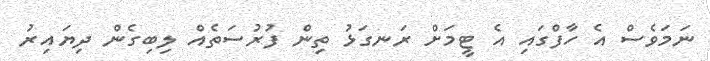
ނަމަވެސް އެ ހާފްގައި އެ ޓީމަށް ރަނގަޅު ތިން ފުރުސަތެއް ލިބިގެން ދިޔައިރު